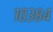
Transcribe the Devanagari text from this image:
१०३८४